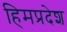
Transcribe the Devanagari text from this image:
हिमप्रदेश